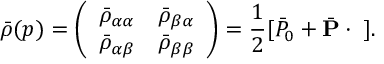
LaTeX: \bar { \rho } ( p ) = \left( \begin{array} { c c } { { \bar { \rho } _ { \alpha \alpha } } } & { { \bar { \rho } _ { \beta \alpha } } } \\ { { \bar { \rho } _ { \alpha \beta } } } & { { \bar { \rho } _ { \beta \beta } } } \end{array} \right) = \frac { 1 } { 2 } [ \bar { P } _ { 0 } + \bar { { \bf P } } \cdot { \bf \sigma } ] .